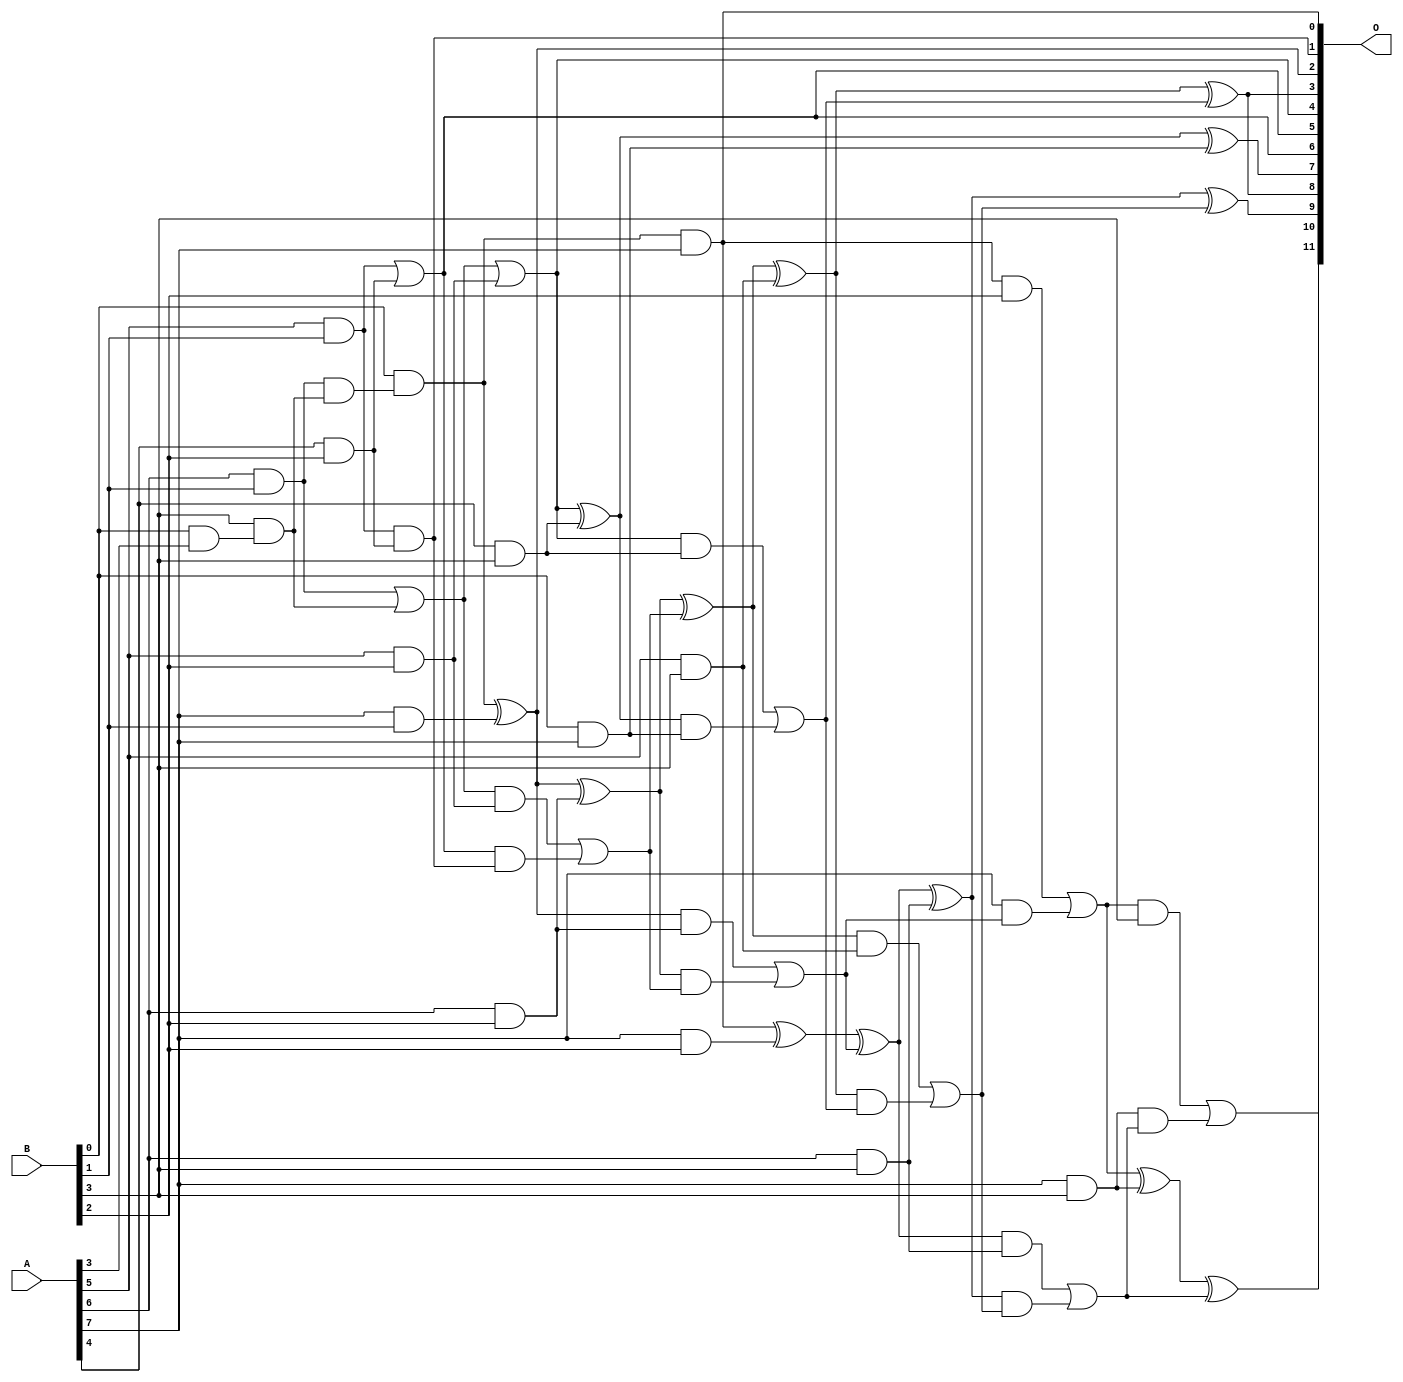
/***
* This code is a part of EvoApproxLib library (ehw.fit.vutbr.cz/approxlib) distributed under The MIT License.
* When used, please cite the following article(s): V. Mrazek, L. Sekanina, Z. Vasicek "Libraries of Approximate Circuits: Automated Design and Application in CNN Accelerators" IEEE Journal on Emerging and Selected Topics in Circuits and Systems, Vol 10, No 4, 2020 
* This file contains a circuit from a sub-set of pareto optimal circuits with respect to the pwr and mre parameters
***/
// MAE% = 1.39 %
// MAE = 57 
// WCE% = 5.37 %
// WCE = 220 
// WCRE% = 100.00 %
// EP% = 91.77 %
// MRE% = 17.71 %
// MSE = 5418 
// PDK45_PWR = 0.041 mW
// PDK45_AREA = 132.8 um2
// PDK45_DELAY = 0.69 ns

module mul8x4u_366 (
    A,
    B,
    O
);

input [7:0] A;
input [3:0] B;
output [11:0] O;

wire sig_15,sig_25,sig_26,sig_27,sig_52,sig_57,sig_58,sig_59,sig_60,sig_61,sig_66,sig_67,sig_68,sig_69,sig_87,sig_88,sig_92,sig_93,sig_94,sig_96;
wire sig_97,sig_98,sig_99,sig_100,sig_101,sig_102,sig_103,sig_104,sig_105,sig_106,sig_110,sig_111,sig_112,sig_113,sig_114,sig_132,sig_133,sig_134,sig_135,sig_136;
wire sig_137,sig_138,sig_139,sig_140,sig_141,sig_142,sig_143,sig_144,sig_145,sig_146,sig_147,sig_148,sig_149,sig_150,sig_151;

assign sig_15 = B[0] & A[3];
assign sig_25 = A[5] & B[1];
assign sig_26 = A[6] & B[1];
assign sig_27 = A[7] & B[1];
assign sig_52 = B[3] & sig_15;
assign sig_57 = sig_26 & sig_52;
assign sig_58 = sig_26 | sig_52;
assign sig_59 = B[0] & sig_57;
assign sig_60 = sig_59 & A[7];
assign sig_61 = sig_59 ^ sig_27;
assign sig_66 = A[4] & B[2];
assign sig_67 = A[5] & B[2];
assign sig_68 = A[6] & B[2];
assign sig_69 = A[7] & B[2];
assign sig_87 = sig_25 | sig_66;
assign sig_88 = sig_25 & sig_66;
assign sig_92 = sig_58 | sig_67;
assign sig_93 = sig_58 & sig_67;
assign sig_94 = sig_87 & sig_88;
assign sig_96 = sig_93 | sig_94;
assign sig_97 = sig_61 ^ sig_68;
assign sig_98 = sig_61 & sig_68;
assign sig_99 = sig_97 & sig_96;
assign sig_100 = sig_97 ^ sig_96;
assign sig_101 = sig_98 | sig_99;
assign sig_102 = sig_60 ^ sig_69;
assign sig_103 = sig_60 & B[2];
assign sig_104 = A[7] & sig_101;
assign sig_105 = sig_102 ^ sig_101;
assign sig_106 = sig_103 | sig_104;
assign sig_110 = B[0] & A[7];
assign sig_111 = A[4] & B[3];
assign sig_112 = A[5] & B[3];
assign sig_113 = A[6] & B[3];
assign sig_114 = A[7] & B[3];
assign sig_132 = sig_92 ^ sig_111;
assign sig_133 = sig_92 & sig_111;
assign sig_134 = sig_132 & sig_110;
assign sig_135 = sig_132 ^ sig_110;
assign sig_136 = sig_133 | sig_134;
assign sig_137 = sig_100 ^ sig_112;
assign sig_138 = sig_100 & sig_112;
assign sig_139 = sig_137 & sig_136;
assign sig_140 = sig_137 ^ sig_136;
assign sig_141 = sig_138 | sig_139;
assign sig_142 = sig_105 ^ sig_113;
assign sig_143 = sig_105 & sig_113;
assign sig_144 = sig_142 & sig_141;
assign sig_145 = sig_142 ^ sig_141;
assign sig_146 = sig_143 | sig_144;
assign sig_147 = sig_106 ^ sig_114;
assign sig_148 = sig_106 & B[3];
assign sig_149 = sig_114 & sig_146;
assign sig_150 = sig_147 ^ sig_146;
assign sig_151 = sig_148 | sig_149;

assign O[11] = sig_151;
assign O[10] = sig_150;
assign O[9] = sig_145;
assign O[8] = sig_140;
assign O[7] = sig_135;
assign O[6] = sig_87;
assign O[5] = sig_87;
assign O[4] = sig_92;
assign O[3] = sig_140;
assign O[2] = sig_61;
assign O[1] = sig_88;
assign O[0] = sig_60;

endmodule